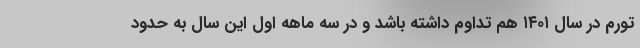
تورم در سال ۱۴۰۱ هم تداوم داشته باشد و در سه ماهه اول این سال به حدود